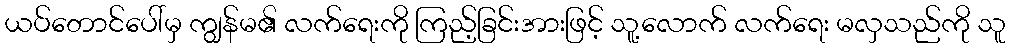
ယပ်တောင်ပေါ်မှ ကျွန်မ၏ လက်ရေးကို ကြည့်ခြင်းအားဖြင့် သူ့လောက် လက်ရေး မလှသည်ကို သူ